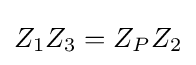
Z_{1}Z_{3}=Z_{P}Z_{2}